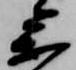
参